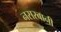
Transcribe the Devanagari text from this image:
नसरबानी